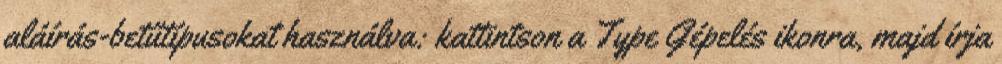
aláírás-betűtípusokat használva: kattintson a Type Gépelés ikonra, majd írja